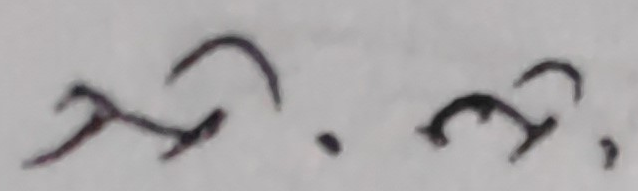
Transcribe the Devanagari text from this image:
म. ३.